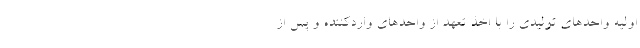
اولیه واحد‌های تولیدی را با اخذ تعهد از واحد‌های واردکننده و پس از